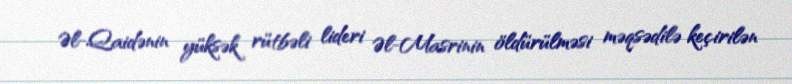
Əl-Qaidənin yüksək rütbəli lideri Əl-Masrinin öldürülməsi məqsədilə keçirilən